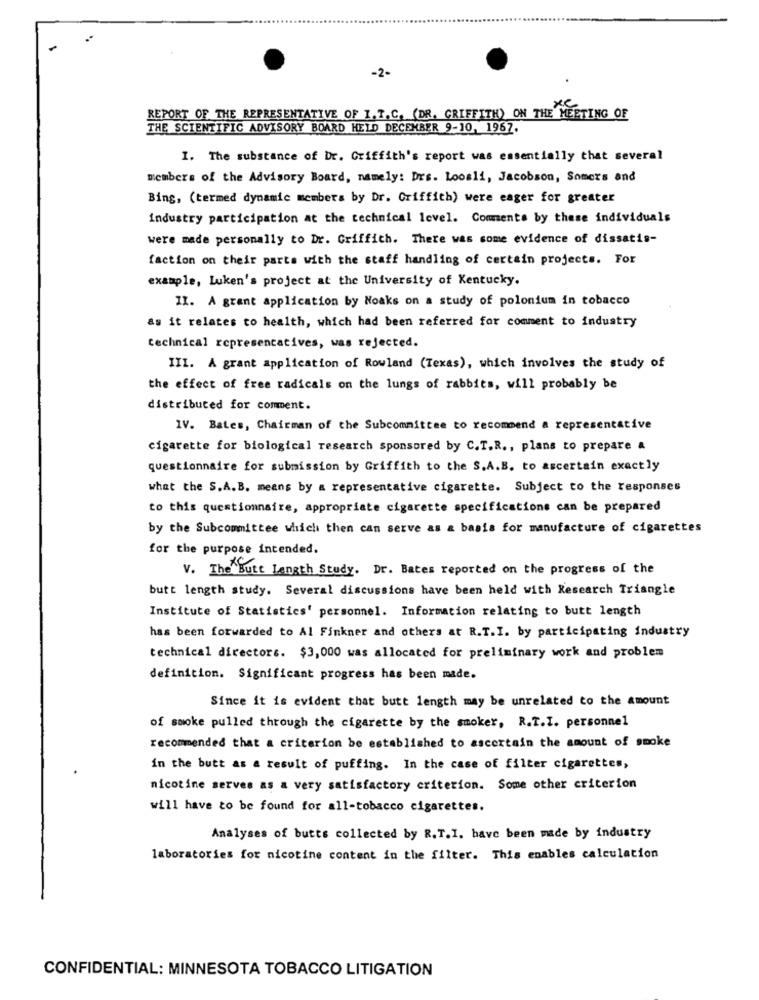
-2-
xc
REPORT OF THE REPRESENTATIVE OF I. T.C. (DR. GRIFFITH) ON THE MEETING OF
THE SCIENTIFIC ADVISORY BOARD HELD DECEMBER 9-10, 1967.
I. The substance of Dr. Griffith's report was essentially that several
members of the Advisory Board, namely: Drs. Looali, Jacobson, Somers and
Bing, (termed dynamic members by Dr. Griffith) were eager for greater
Industry participation at the technical level. Comments by these individuals
were made personally to Dr. Griffich. There was some evidence of dissatis-
faction on their parts with the staff handling of certain projects. For
example, Luken's project at the University of Kentucky.
11. A grant application by Noaks on a study of polonium in tobacco
as it relates to health, which had been referred for comment to industry
technical representatives, was rejected.
III. A grant application of Rowland (Texas), which involves the study of
the effect of free radicals on the lungs of rabbits, will probably be
distributed for comment.
IV. Bates, Chairman of the Subcommittee to recommend a representative
cigarette for biological research sponsored by C.T.R ., plans to prepare a
questionnaire for submission by Griffith to the S.A.B. to ascertain exactly
what the S.A.B. means by a representative cigarette. Subject to the responses
to this questionnaire, appropriate cigarette specifications can be prepared
by the Subcommittee which then can serve as a basis for manufacture of cigarettes
for the purpose intended.
V. The Butt Length Study. Dr. Bates reported on the progress of the
butt length study. Several discussions have been held with Research Triangle
Institute of Statistics' personnel. Information relating to butt length
has been forwarded to Al Finkner and others at R.T.I. by participating industry
technical directors. $3, 000 was allocated for preliminary work and problem
definition. Significant progress has been made.
Since it is evident that butt length may be unrelated to the amount
of smoke pulled through the cigarette by the smoker, R.T.I. personnel
recommended that a criterion be established to ascertain the amount of smoke
in the butt as a result of puffing. In the case of filter cigarettes,
nicotine serves as a very satisfactory criterion. Some other criterion
will have to be found for all-tobacco cigarettes.
Analyses of butts collected by R. T.I. have been made by industry
laboratories for nicotine content in the filter. This enables calculation
CONFIDENTIAL: MINNESOTA TOBACCO LITIGATION